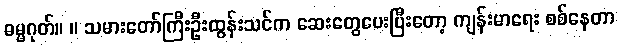
ဓမ္မဂုတ်။ ။ သမားတော်ကြီးဦးထွန်းသင်က ဆေးတွေပေးပြီးတော့ ကျန်းမာရေး စစ်နေတာ